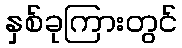
နှစ်ခုကြားတွင်